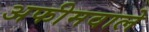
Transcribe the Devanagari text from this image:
अफीमवाले